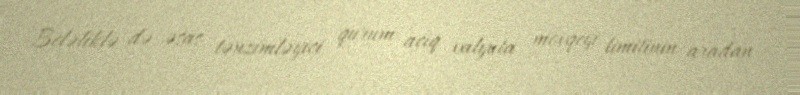
Beləliklə də əsas tənzimləyici qurum açıq valyuta mövqeyi limitinin aradan